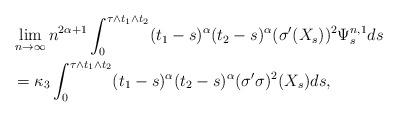
LaTeX: \begin{align*} & \lim_{n\rightarrow \infty} n^{2\alpha+1} \int_0^{\tau \wedge t_1 \wedge t_2 } (t_1-s)^{\alpha} (t_2-s)^{\alpha} (\sigma'(X_s))^2 \Psi^{n,1}_s ds\\ & =\kappa_3 \int_0^{\tau \wedge t_1 \wedge t_2 } (t_1-s)^{\alpha} (t_2-s)^{\alpha} (\sigma'\sigma)^2(X_s)ds, \end{align*}